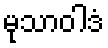
မုသာဝါဒံ